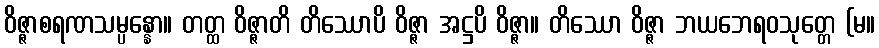
ဝိဇ္ဇာစရဏသမ္ပန္နော။ တတ္ထ ဝိဇ္ဇာတိ တိဿောပိ ဝိဇ္ဇာ အဋ္ဌပိ ဝိဇ္ဇာ။ တိဿော ဝိဇ္ဇာ ဘယဘေရဝသုတ္တေ (မ။